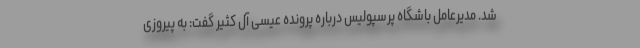
شد. مدیرعامل باشگاه پرسپولیس درباره پرونده عیسی آل کثیر گفت: به پیروزی